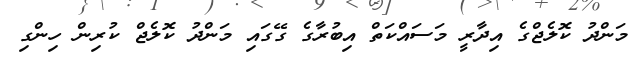
މަންދު ކޮލެޖްގެ އިދާރީ މަސައްކަތް އިބުރާގެ ގޭގައި މަންދު ކޮލެޖް ކުރިން ހިންގި